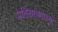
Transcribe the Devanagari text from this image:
प्रतिसारणाच्या